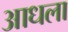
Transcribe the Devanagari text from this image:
आधला